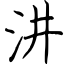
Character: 汫